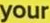
your